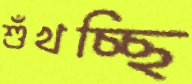
শুঁখচ্ছি